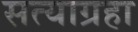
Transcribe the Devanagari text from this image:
सत्याग्रहा